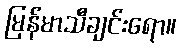
မြန်မာသီချင်းရော။